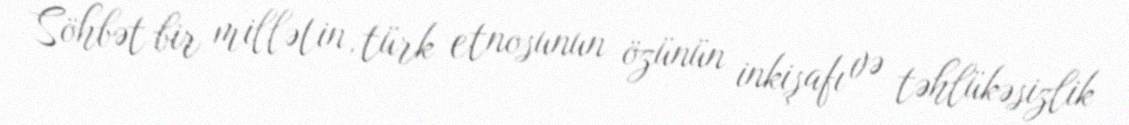
Söhbət bir millətin, türk etnosunun özünün inkişafı və təhlükəsizlik